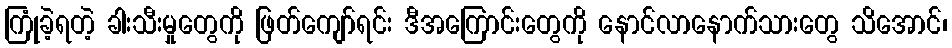
ကြုံခဲ့ရတဲ့ ခါးသီးမှုတွေကို ဖြတ်ကျော်ရင်း ဒီအကြောင်းတွေကို နောင်လာနောက်သားတွေ သိအောင်၊